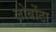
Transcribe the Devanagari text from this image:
लोबोंटा